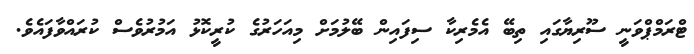
ޓްރަމްޕްވަނީ ސޫރިޔާގައި ތިބޭ އެމެރިކާ ސިފައިން ބޭލުމަށް މިއަހަރުގެ ކުރީކޮޅު އަމުރުވެސް ކުރައްވާފައެވެ.